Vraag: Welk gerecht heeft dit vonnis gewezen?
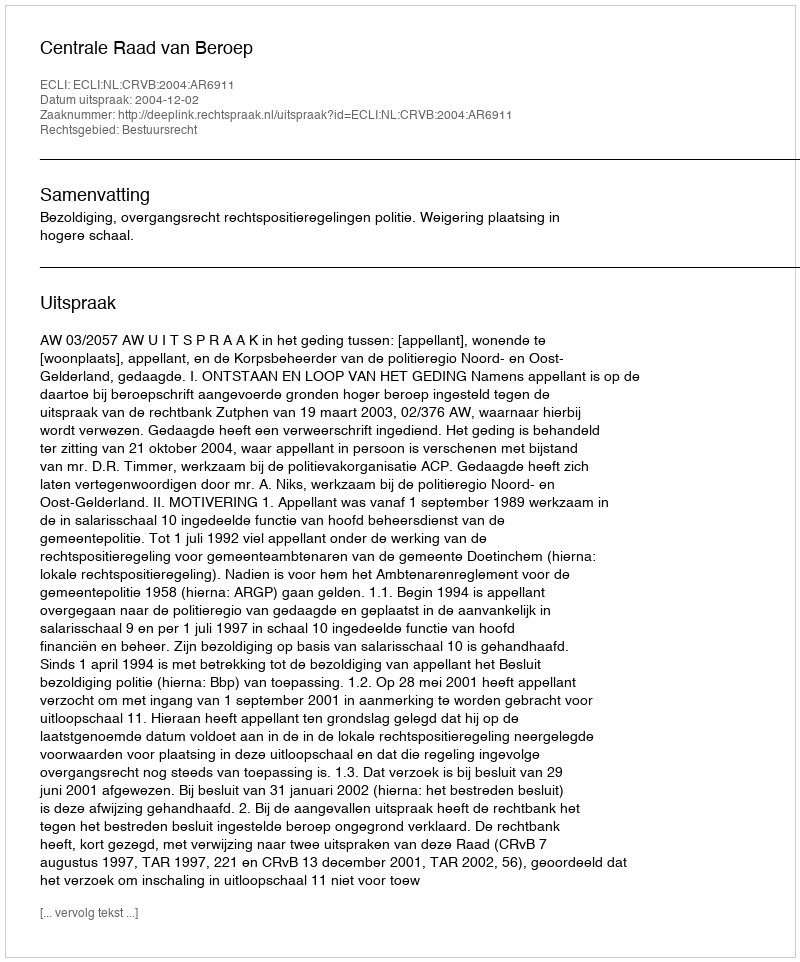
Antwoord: Centrale Raad van Beroep